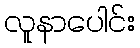
လူနာပေါင်း